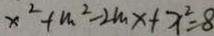
x ^ { 2 } + m ^ { 2 } - 2 m x + x ^ { 2 } = 8